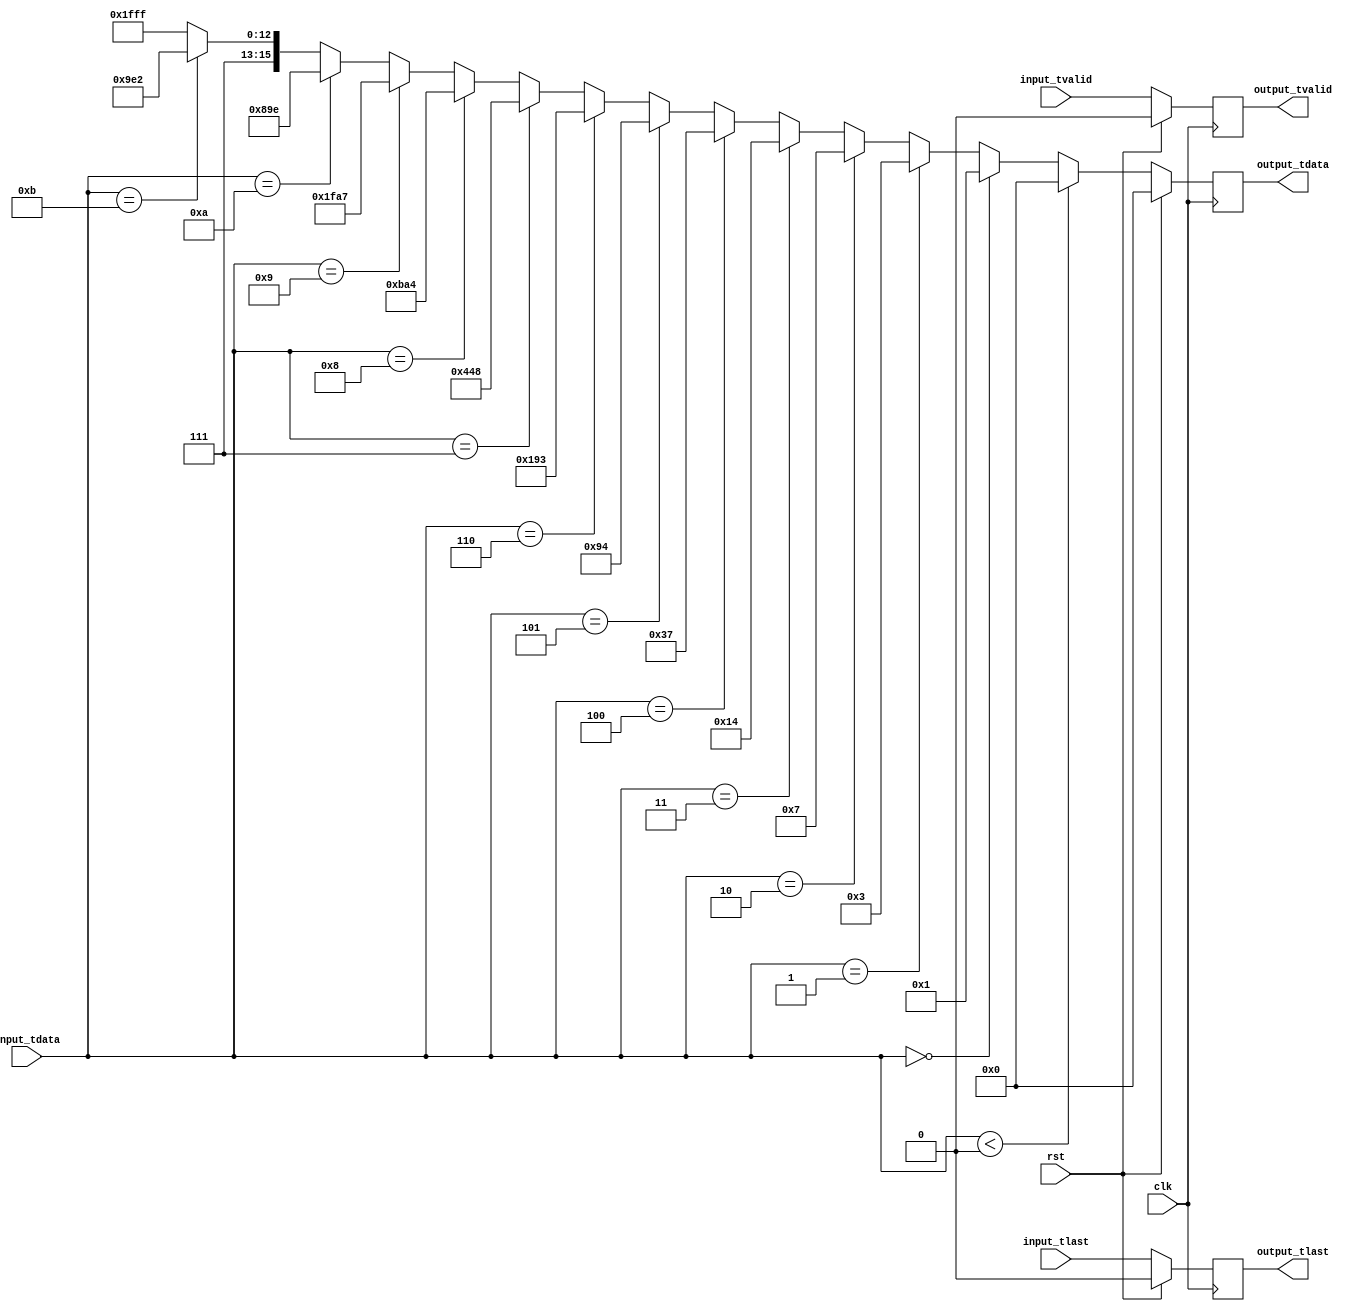
// Language: Verilog 2001

`resetall
`timescale 1ns / 1ps
`default_nettype none


module exp # (
    parameter DATA_WIDTH = 16,
    parameter MEM_LEN = 12
)(
    input wire clk,
    input wire rst,

    input wire [DATA_WIDTH-1:0] input_tdata,
    input wire input_tvalid,
    // output wire input_tready,
    input wire input_tlast,

    output reg [DATA_WIDTH-1:0] output_tdata,
    output reg output_tvalid,
    // input wire output_tready,
    output reg output_tlast
);

    // exp for inputs between 0 and 11
    // overflows for inputs greater than 11
    wire [DATA_WIDTH-1:0] exp_value =
			  ($signed(input_tdata) < $signed(16'd0)) ? 16'd0
			  : (input_tdata == 16'd0) ? 16'd1
			  : (input_tdata == 16'd1) ? 16'd3
			  : (input_tdata == 16'd2) ? 16'd7
			  : (input_tdata == 16'd3) ? 16'd20
			  : (input_tdata == 16'd4) ? 16'd55
			  : (input_tdata == 16'd5) ? 16'd148
			  : (input_tdata == 16'd6) ? 16'd403
			  : (input_tdata == 16'd7) ? 16'd1096
			  : (input_tdata == 16'd8) ? 16'd2980
			  : (input_tdata == 16'd9) ? 16'd8103
			  : (input_tdata == 16'd10) ? 16'd2206
			  : (input_tdata == 16'd11) ? 16'd59874
			  : 16'hffff;

    always @ (posedge clk) begin
        output_tdata <= (rst) ? 'b0 : exp_value;
        output_tvalid <= (rst) ? 'b0 : input_tvalid;
        output_tlast <= (rst) ? 1'b0 : input_tlast;
        // if (input_tvalid) begin
        //     $display("exp input %d -> %d", $signed(input_tdata), exp_value);
        // end
    end

endmodule

`resetall